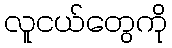
လူငယ်တွေကို